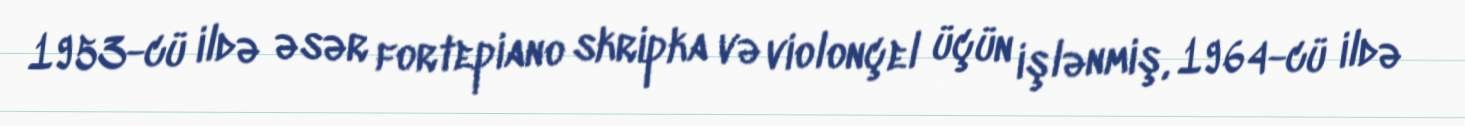
1953-cü ildə əsər fortepiano skripka və violonçel üçün işlənmiş, 1964-cü ildə